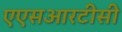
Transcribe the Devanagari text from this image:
एएसआरटीसी